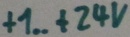
Text: +1... +24V